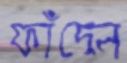
ফাঁদেন